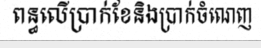
ពន្ធលើប្រាក់ខែនិងប្រាក់ចំណេញ